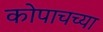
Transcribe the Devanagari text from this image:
कोपाचच्या